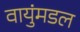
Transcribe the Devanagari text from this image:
वायुंमडल